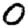
Digit: 0